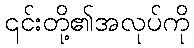
၎င်းတို့၏အလုပ်ကို